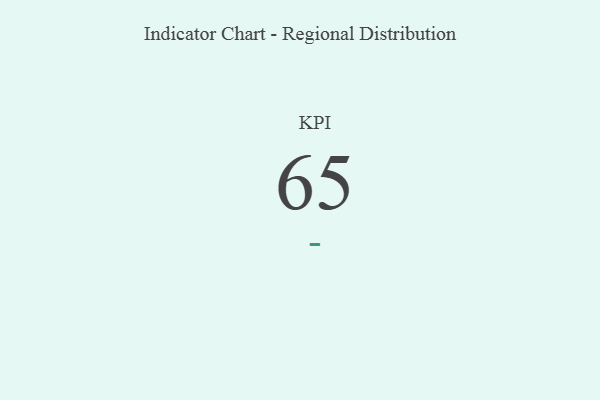
{"axis": {"x": "KPI", "y": "Value"}, "legend": [""], "data": [{"x": "KPI", "y": 65, "type": ""}]}